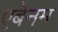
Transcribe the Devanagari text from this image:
एबेनम